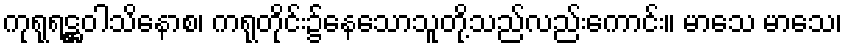
ကုရုရဋ္ဌဝါသိနောစ၊ ကရုတိုင်း၌နေသောသူတို့သည်လည်းကောင်း။ မာသေ မာသေ၊